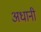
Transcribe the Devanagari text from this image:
अधानी